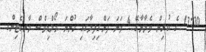
13:30 ގެ ކުރިން ވެލާނާގޭ 4 ވަނަ ފަންގިފިލާގައި ހުންނަ މޯލްޑިވްސް މާރކެޓިންގ